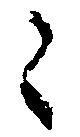
々